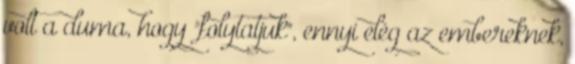
volt a duma, hogy "folytatjuk", ennyi elég az embereknek,